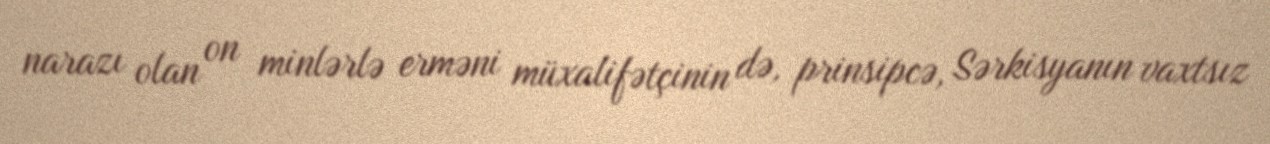
narazı olan on minlərlə erməni müxalifətçinin də, prinsipcə, Sərkisyanın vaxtsız